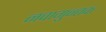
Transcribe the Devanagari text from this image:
नवागुन्तक